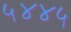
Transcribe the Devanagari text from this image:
५४४५